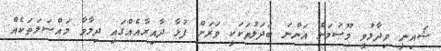
ޝައިނީ ވިދާޅުވީ މޫސުމަށް އަންނަ ބަދަލުތަކަކީ ވަރަށް ފުޅާ ދާއިރާއެއްގައި ދިމާވާ މައްސަލަތަކެއް